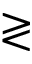
\gtrless